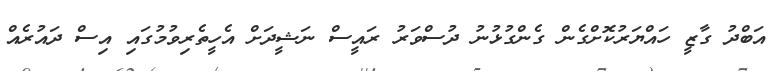
އަބްދު ގާޒީ ހައްޔަރުކޮށްގެން ގެންގުޅުނު ދުސްވަރު ރައީސް ނަޝީދަށް އެހީތެރިވުމުގައި އިސް ދައުރެއް